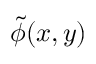
\tilde { \phi } ( x , y )